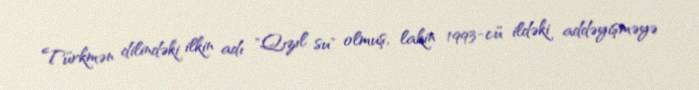
Türkmən dilindəki ilkin adı "Qızıl su" olmuş, lakin 1993-cü ildəki addəyişməyə